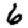
Digit: 6